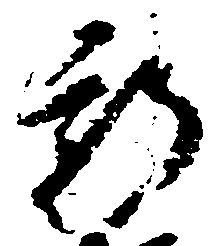
新